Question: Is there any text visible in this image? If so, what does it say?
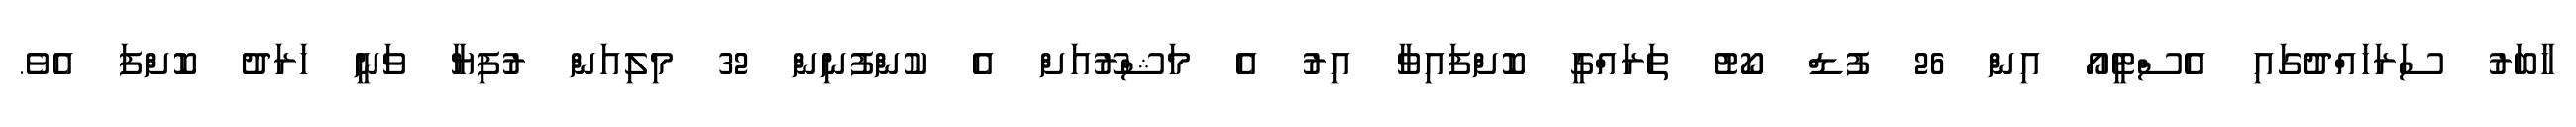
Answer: ހާބަރު ސަރަހައްދުގައި އެސްޓީއޯ އިން 26 ފުޑް ކޯޓު ތަރައްގީ ކޮށްފައިވާ އިރު އެ މަޝްރޫއަށް އެ ކުންފުނިން 32 މިލިއަން ރުފިޔާ ވަނީ ޚަރަދު ކޮށްފަ އެވެ.